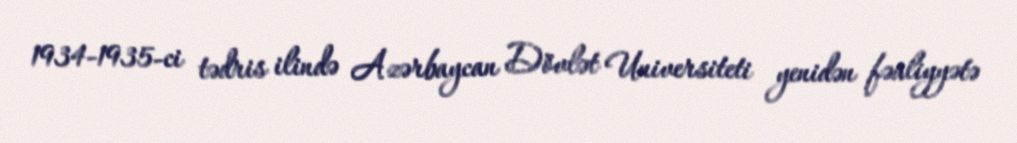
1934-1935-ci tədris ilində Azərbaycan Dövlət Universiteti yenidən fəaliyyətə